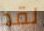
لقد